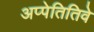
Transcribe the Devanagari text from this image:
अप्पेतितिवे